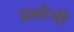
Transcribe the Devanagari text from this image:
प्रलोभी